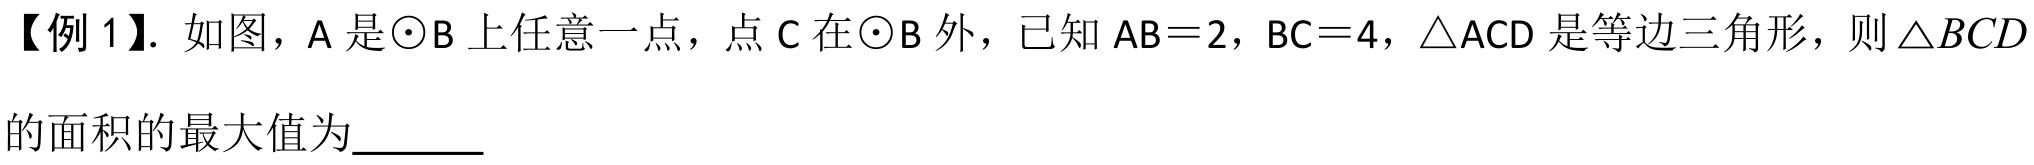
【例 1】. 如图，A 是\(\odot B\)上任意一点，点 C 在\(\odot B\)外，已知\(AB = 2\)，\(BC = 4\)，\(\triangle ACD\)是等边三角形，则\(\triangle BCD\)的面积的最大值为  \_\_\_\_